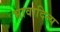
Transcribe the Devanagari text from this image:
भावादित्य